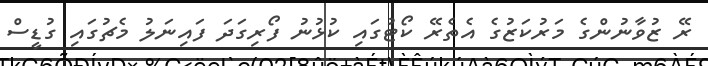
ރޭ ޒުވާނުންގެ މަރުކަޒުގެ އެތެރޭ ކޯޓުގައި ކުޅުނު ފޯރިގަދަ ފައިނަލު މެޗުގައި ގުޑީސް